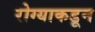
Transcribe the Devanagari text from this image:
रोग्याकडून